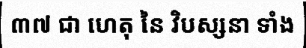
៣៧ ជា ហេតុ នៃ វិបស្សនា ទាំង